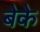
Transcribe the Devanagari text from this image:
बेके